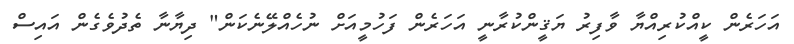
އަހަރެން ކީއްކުރިއްޔާ ވާފިރު ޔަޤީންކުރާނީ އަހަރެން ފަހުމީއަށް ނުހެއްލޭނެކަން" ދިޔާނާ ތެދުވެގެން އައިސް